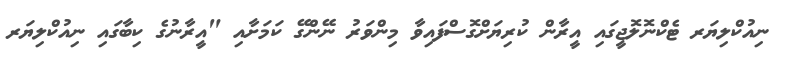
ނިއުކްލިޔަރ ޓެކްނޮލޮޖީގައި އީރާން ކުރިޔަށްގޮސްފައިވާ މިންވަރު ނޭންގޭ ކަމަށާއި "އީރާނުގެ ކިބާގައި ނިއުކްލިޔަރ